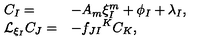
\begin{array} { l l } { C _ { I } = } & { - A _ { m } \xi _ { I } ^ { m } + \phi _ { I } + \lambda _ { I } , } \\ { { \cal L } _ { \xi _ { I } } C _ { J } = } & { - { f _ { J I } } ^ { K } C _ { K } , } \\ \end{array}